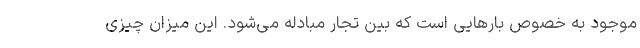
موجود به خصوص بارهایی است که بین تجار مبادله می‌شود. این میزان چیزی